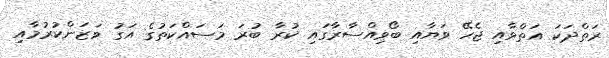
ރަތްދަކަ އަތްވާއި ޖެހޭ ވަޔާއި ބޯވިއްސާރާގައި ކުރާ ބުރަ މަސައްކަތުގެ އަގު ވަޒަންކުރުމާއި